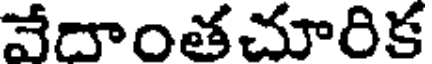
వేదాంతచూరిక